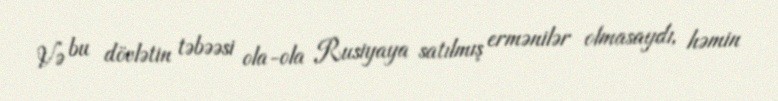
Və bu dövlətin təbəəsi ola-ola Rusiyaya satılmış ermənilər olmasaydı, həmin